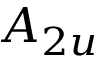
A _ { 2 u }